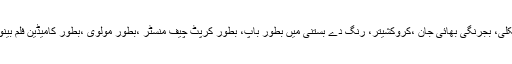
اس ضمن میں مالا مال ویکلی، بجرنگی بھائی جان ،کروکشیتر، رنگ دے بستنی میں بطور باپ، بطور کرپٹ چیف منسٹر ،بطور مولوی ،بطور کامیڈین فلم بینوں کو بہت لطف اندوز کیا۔